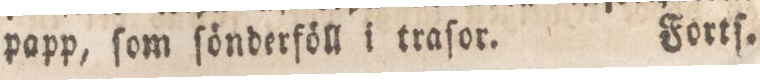
papp, ſom ſönderföll i traſor. Fortſ.